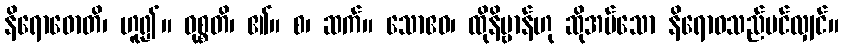
နိရောဓောတိ၊ ဟူ၍။ ဝုစ္စတိ၊ ၏။ စ၊ ဆက်။ သောဧဝ၊ ထိုနိဗ္ဗာန်ဟု ဆိုအပ်သော နိရောဓသည်ပင်လျှင်။